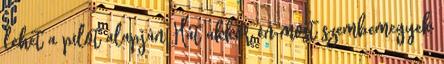
lehet a pilot alapján Hát akkor én most szembemegyek